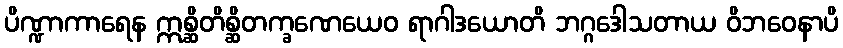
ပိဏ္ဍာကာရေန ဣစ္ဆိတိစ္ဆိတက္ခဏေယေဝ ရာဂါဒယောတိ ဘဂ္ဂဒေါသတာယ ဝိဘဝေနာပိ